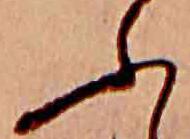
ふ